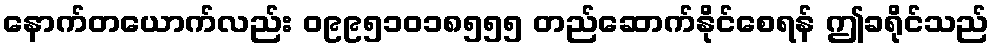
နောက်တယောက်လည်း ၀၉၉၅၁၀၁၈၅၅၅ တည်ဆောက်နိုင်စေရန် ဤခရိုင်သည်